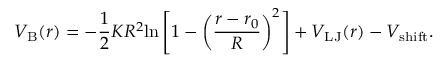
V _ { \mathrm { B } } ( r ) = - \frac { 1 } { 2 } K R ^ { 2 } \mathrm { l n } \left[ 1 - \left( \frac { r - r _ { 0 } } { R } \right) ^ { 2 } \right] + V _ { \mathrm { L J } } ( r ) - V _ { \mathrm { s h i f t } } .